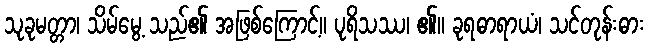
သုခုမတ္တာ၊ သိမ်မွေ့ သည်၏ အဖြစ်ကြောင့်။ ပုရိသဿ၊ ၏။ ခုရဓာရာယံ၊ သင်တုန်းဓား